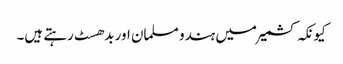
کیونکہ کشمیر میں ہندو مسلمان اور بدھسٹ رہتے ہیں۔